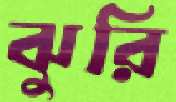
ঝুরি